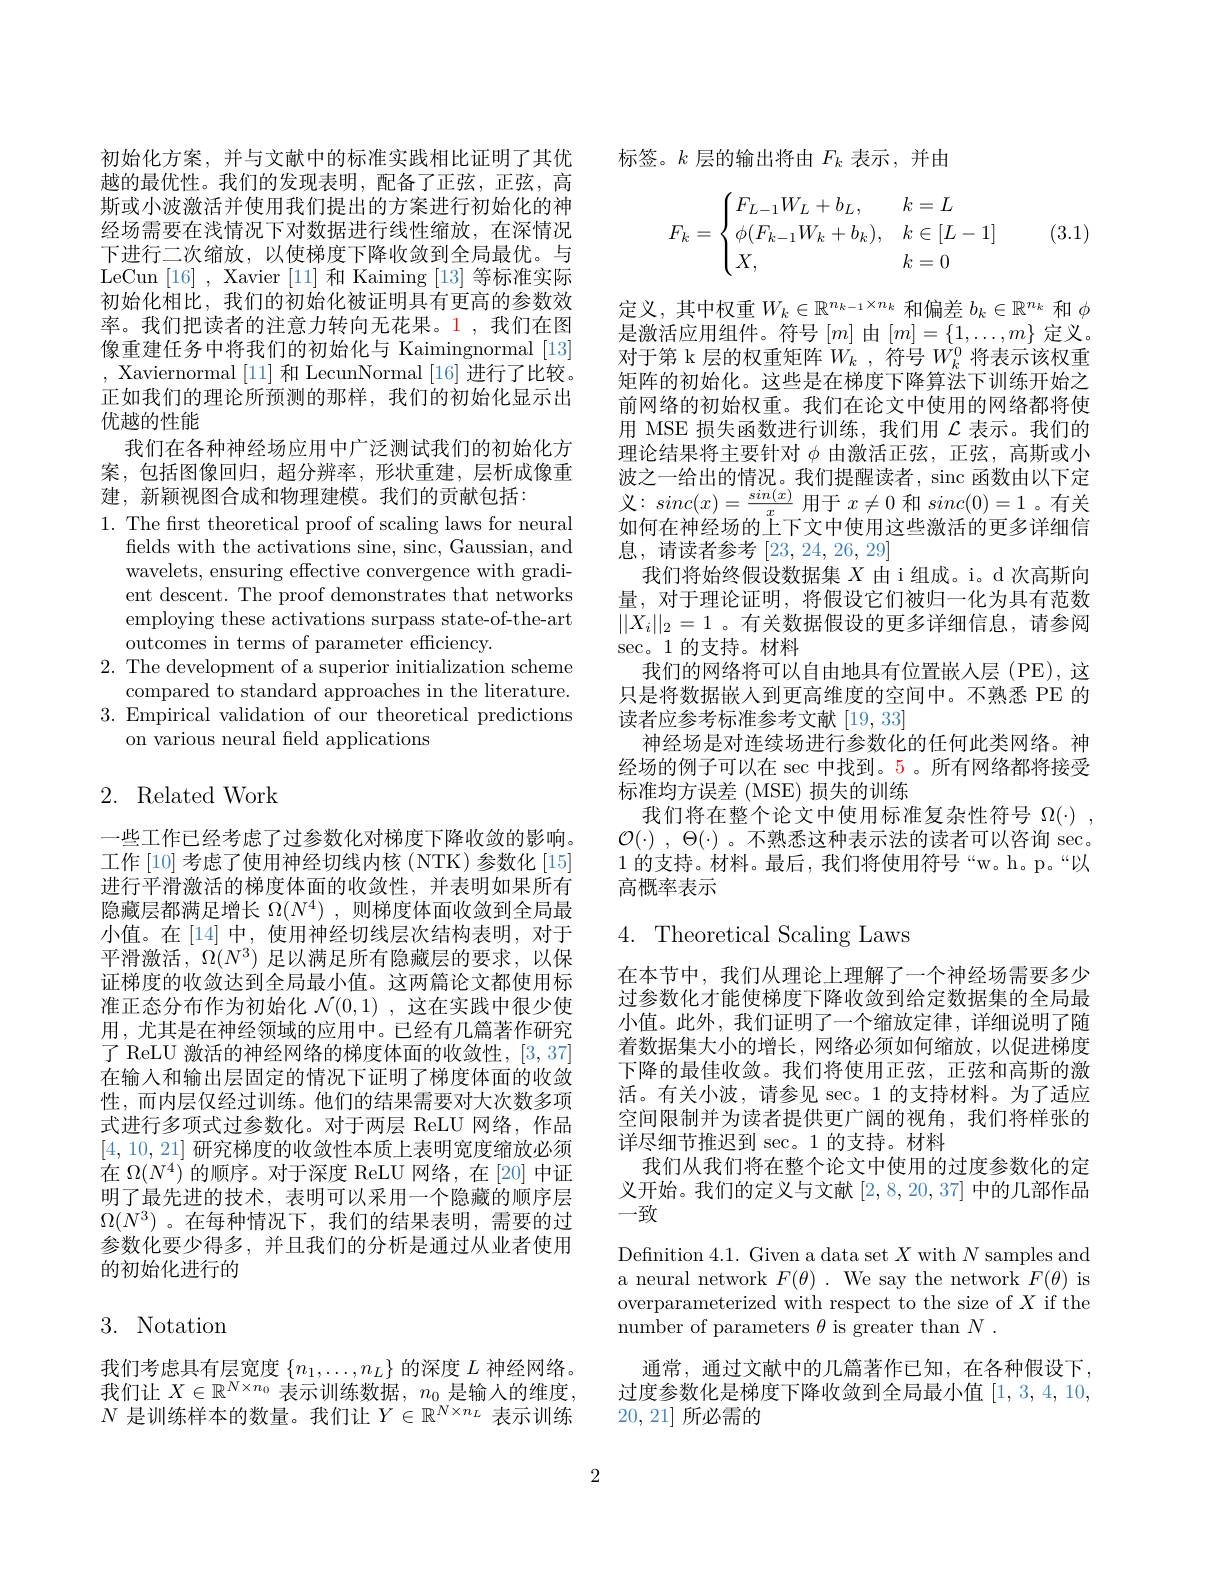
初始化方案，并与文献中的标准实践相比证明了其优越的最优性。我们的发现表明，配备了正弦，正弦，高斯或小波激活并使用我们提出的方案进行初始化的神经场需要在浅情况下对数据进行线性缩放，在深情况下进行二次缩放，以使梯度下降收敛到全局最优。与LeCun [16] , Xavier [11]和 Kaiming [13]等标准实际初始化相比，我们的初始化被证明具有更高的参数效率。我们把读者的注意力转向无花果。1,我们在图像重建任务中将我们的初始化与 Kaimingnormal [13] , Xaviernormal [11]和 LecunNormal [16]进行了比较。正如我们的理论所预测的那样，我们的初始化显示出优越的性能
我们在各种神经场应用中广泛测试我们的初始化方案，包括图像回归，超分辨率，形状重建，层析成像重建，新颖视图合成和物理建模。我们的贡献包括：
1. The frst theoretical proof of scaling laws for neural
fields with the activations sine, sinc, Gaussian, and wavelets, ensuring effective convergence with gradient descent. The proof demonstrates that networks employing these activations surpass state-of-the-art outcomes in terms of parameter efficiency.
2. The development of a superior initialization scheme
compared to standard approaches in the literature. 3. Empirical validation of our theoretical predictions
on various neural feld applications

## 2. Related Work

一些工作已经考虑了过参数化对梯度下降收敛的影响。工作 [10] 考虑了使用神经切线内核 (NTK) 参数化 [15] 进行平滑激活的梯度体面的收敛性，并表明如果所有隐藏层都满足增长$\Omega ( N^4)$ , 则梯度体面收敛到全局最小值。在[14]中，使用神经切线层次结构表明，对于平滑激活，$\Omega(N^3)$足以满足所有隐藏层的要求，以保证梯度的收敛达到全局最小值。这两篇论文都使用标准正态分布作为初始化$\mathcal{N}(0,1)$ ,这在实践中很少使用 , 尤其是在神经领域的应用中。已经有几篇著作研究了 ReLU 激活的神经网络的梯度体面的收敛性，[3,37] 在输入和输出层固定的情况下证明了梯度体面的收敛性，而内层仅经过训练。他们的结果需要对大次数多项式进行多项式过参数化。对于两层 ReLU 网络，作品[4,10,21]研究梯度的收敛性本质上表明宽度缩放必须在$\Omega(N^4)$的顺序。对于深度 ReLU 网络，在[20]中证明了最先进的技术，表明可以采用一个隐藏的顺序层$\Omega(N^3)$。在每种情况下，我们的结果表明，需要的过参数化要少得多，并且我们的分析是通过从业者使用的初始化进行的

3. Notation

我们考虑具有层宽度$\{n_1,\ldots,n_L\}$的深度$L$神经网络。我们让$X\in\mathbb{R}^N\times n_0$表示训练数据，$n_0$是输入的维度， $N$是训练样本的数量。我们让$Y\in\mathbb{R}^N\times n_L$表示训练

标签。$k$层的输出将由$F_k$表示，并由
$$F_k=\begin{cases}F_{L-1}W_L+b_L,&k=L\\\phi(F_{k-1}W_k+b_k),&k\in[L-1]\\X,&k=0\end{cases}$$
(3.1)

定义，其中权重$W_k\in\mathbb{R}^n_{k-1}\times n_k$和偏差$b_k\in\mathbb{R}^n_k$和$\phi$ 是激活应用组件。符号$[m]$由$[m]=\{1,\ldots,m\}$定义。对于第 k 层的权重矩阵$W_k$ ,符号$W_k^0$将表示该权重矩阵的初始化。这些是在梯度下降算法下训练开始之前网络的初始权重。我们在论文中使用的网络都将使用 MSE 损失函数进行训练，我们用$\mathcal{L}$表示。我们的理论结果将主要针对$\phi$由激活正弦，正弦，高斯或小波之一给出的情况。我们提醒读者，sinc 函数由以下定$义：sinc(x)=\frac{sin(x)}{x}$用于$x\neq0$ 和 $sinc(0)=1$。有关如何在神经场的上下文中使用这些激活的更多详细信息，请读者参考[23,24,26,29]
我们将始终假设数据集$X$由 i 组成。i。d 次高斯向量，对于理论证明，将假设它们被归一化为具有范数$||X_i||_2=1$ 。有关数据假设的更多详细信息，请参阅sec。1 的支持。材料
我们的网络将可以自由地具有位置嵌入层 (PE), 这只是将数据嵌人到更高维度的空间中。不熟悉 PE 的读者应参考标准参考文献[19,33]
神经场是对连续场进行参数化的任何此类网络。神经场的例子可以在 sec 中找到。5 。所有网络都将接受标准均方误差 (MSE) 损失的训练
我们将在整个论文中使用标准复杂性符号$\Omega ( \cdot )$ , $\mathcal{O} ( \cdot )$ , $\Theta ( \cdot )$ 。不熟悉这种表示法的读者可以咨询 sec. 1 的 支 持 。材 料 。最 后 , 我 们 将 使 用 符 号 “ w。h。p。“ 以 高概率表示

4. Theoretical Scaling Laws

在本节中，我们从理论上理解了一个神经场需要多少过参数化才能使梯度下降收敛到给定数据集的全局最小值。此外，我们证明了一个缩放定律，详细说明了随着数据集大小的增长，网络必须如何缩放，以促进梯度下降的最佳收敛。我们将使用正弦，正弦和高斯的激活。有关小波，请参见 sec。1 的支持材料。为了适应空间限制并为读者提供更广阔的视角，我们将样张的详尽细节推迟到 sec。1 的支持。材料
我们从我们将在整个论文中使用的过度参数化的定义开始。我们的定义与文献[2,8,20,37]中的几部作品一致
Definition 4.1. Given a data set $X$ with $N$ samples and a neural network $F(\theta).$ We say the network $F(\theta)$ is overparameterized with respect to the size of $X$ if the number of parameters $\theta$ is greater than $N.$
通常，通过文献中的几篇著作已知，在各种假设下， 过度参数化是梯度下降收敛到全局最小值[1,3,4,10,

20, 21]所必需的

2